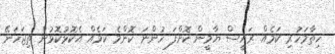
ހިތާމަހުރި ކަމެއް. ރައީސް ޔާމީން ކޮށްފަ ހުންނަ ކޮންމެ ކަމެއް އެކޮޅުކޮޅުން ތިޖަހަނޭ